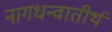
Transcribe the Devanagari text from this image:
नागधन्वातीर्थ